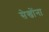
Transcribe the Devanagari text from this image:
सेखोंना